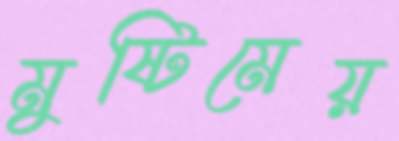
মুষ্টিমেয়